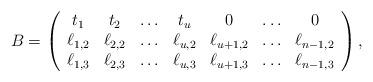
LaTeX: \begin{align*}B=\left(\begin{array}{ccccccc}t_1&t_2&\ldots&t_u&0&\ldots&0\\\ell_{1,2}&\ell_{2,2}&\ldots&\ell_{u,2}&\ell_{u+1,2}&\ldots&\ell_{n-1,2}\\\ell_{1,3}&\ell_{2,3}&\ldots&\ell_{u,3}&\ell_{u+1,3}&\ldots&\ell_{n-1,3}\end{array}\right),\end{align*}